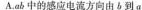
A ab中的感应电流方向由b到a